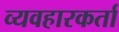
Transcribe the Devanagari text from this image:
व्यवहारकर्ता